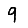
Digit: 9